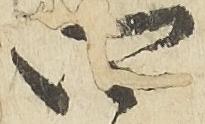
四